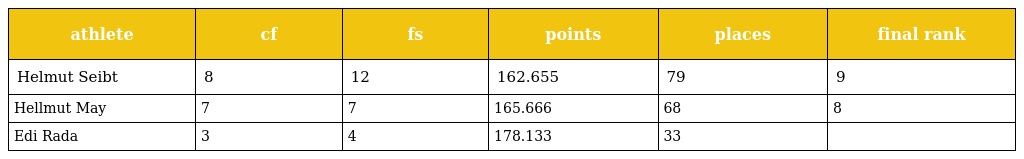
| athlete | cf | fs | points | places | final rank |
 | --- | --- | --- | --- | --- | --- |
 | Helmut Seibt | 8 | 12 | 162.655 | 79 | 9 |
 | Hellmut May | 7 | 7 | 165.666 | 68 | 8 |
 | Edi Rada | 3 | 4 | 178.133 | 33 |  |